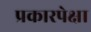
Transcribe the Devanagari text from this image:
प्रकारपेक्षा